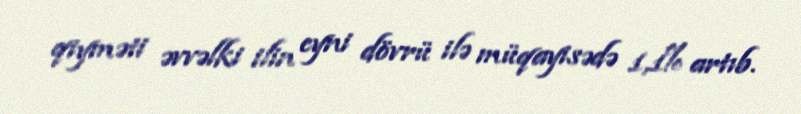
qiyməti əvvəlki ilin eyni dövrü ilə müqayisədə 1,1% artıb.